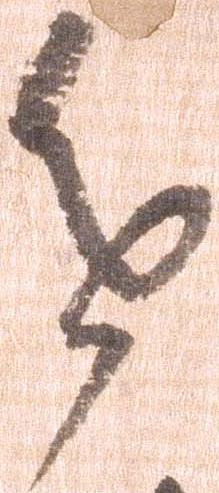
進